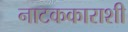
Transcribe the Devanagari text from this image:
नाटककाराशी